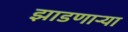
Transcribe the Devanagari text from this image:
झाडणाऱ्या